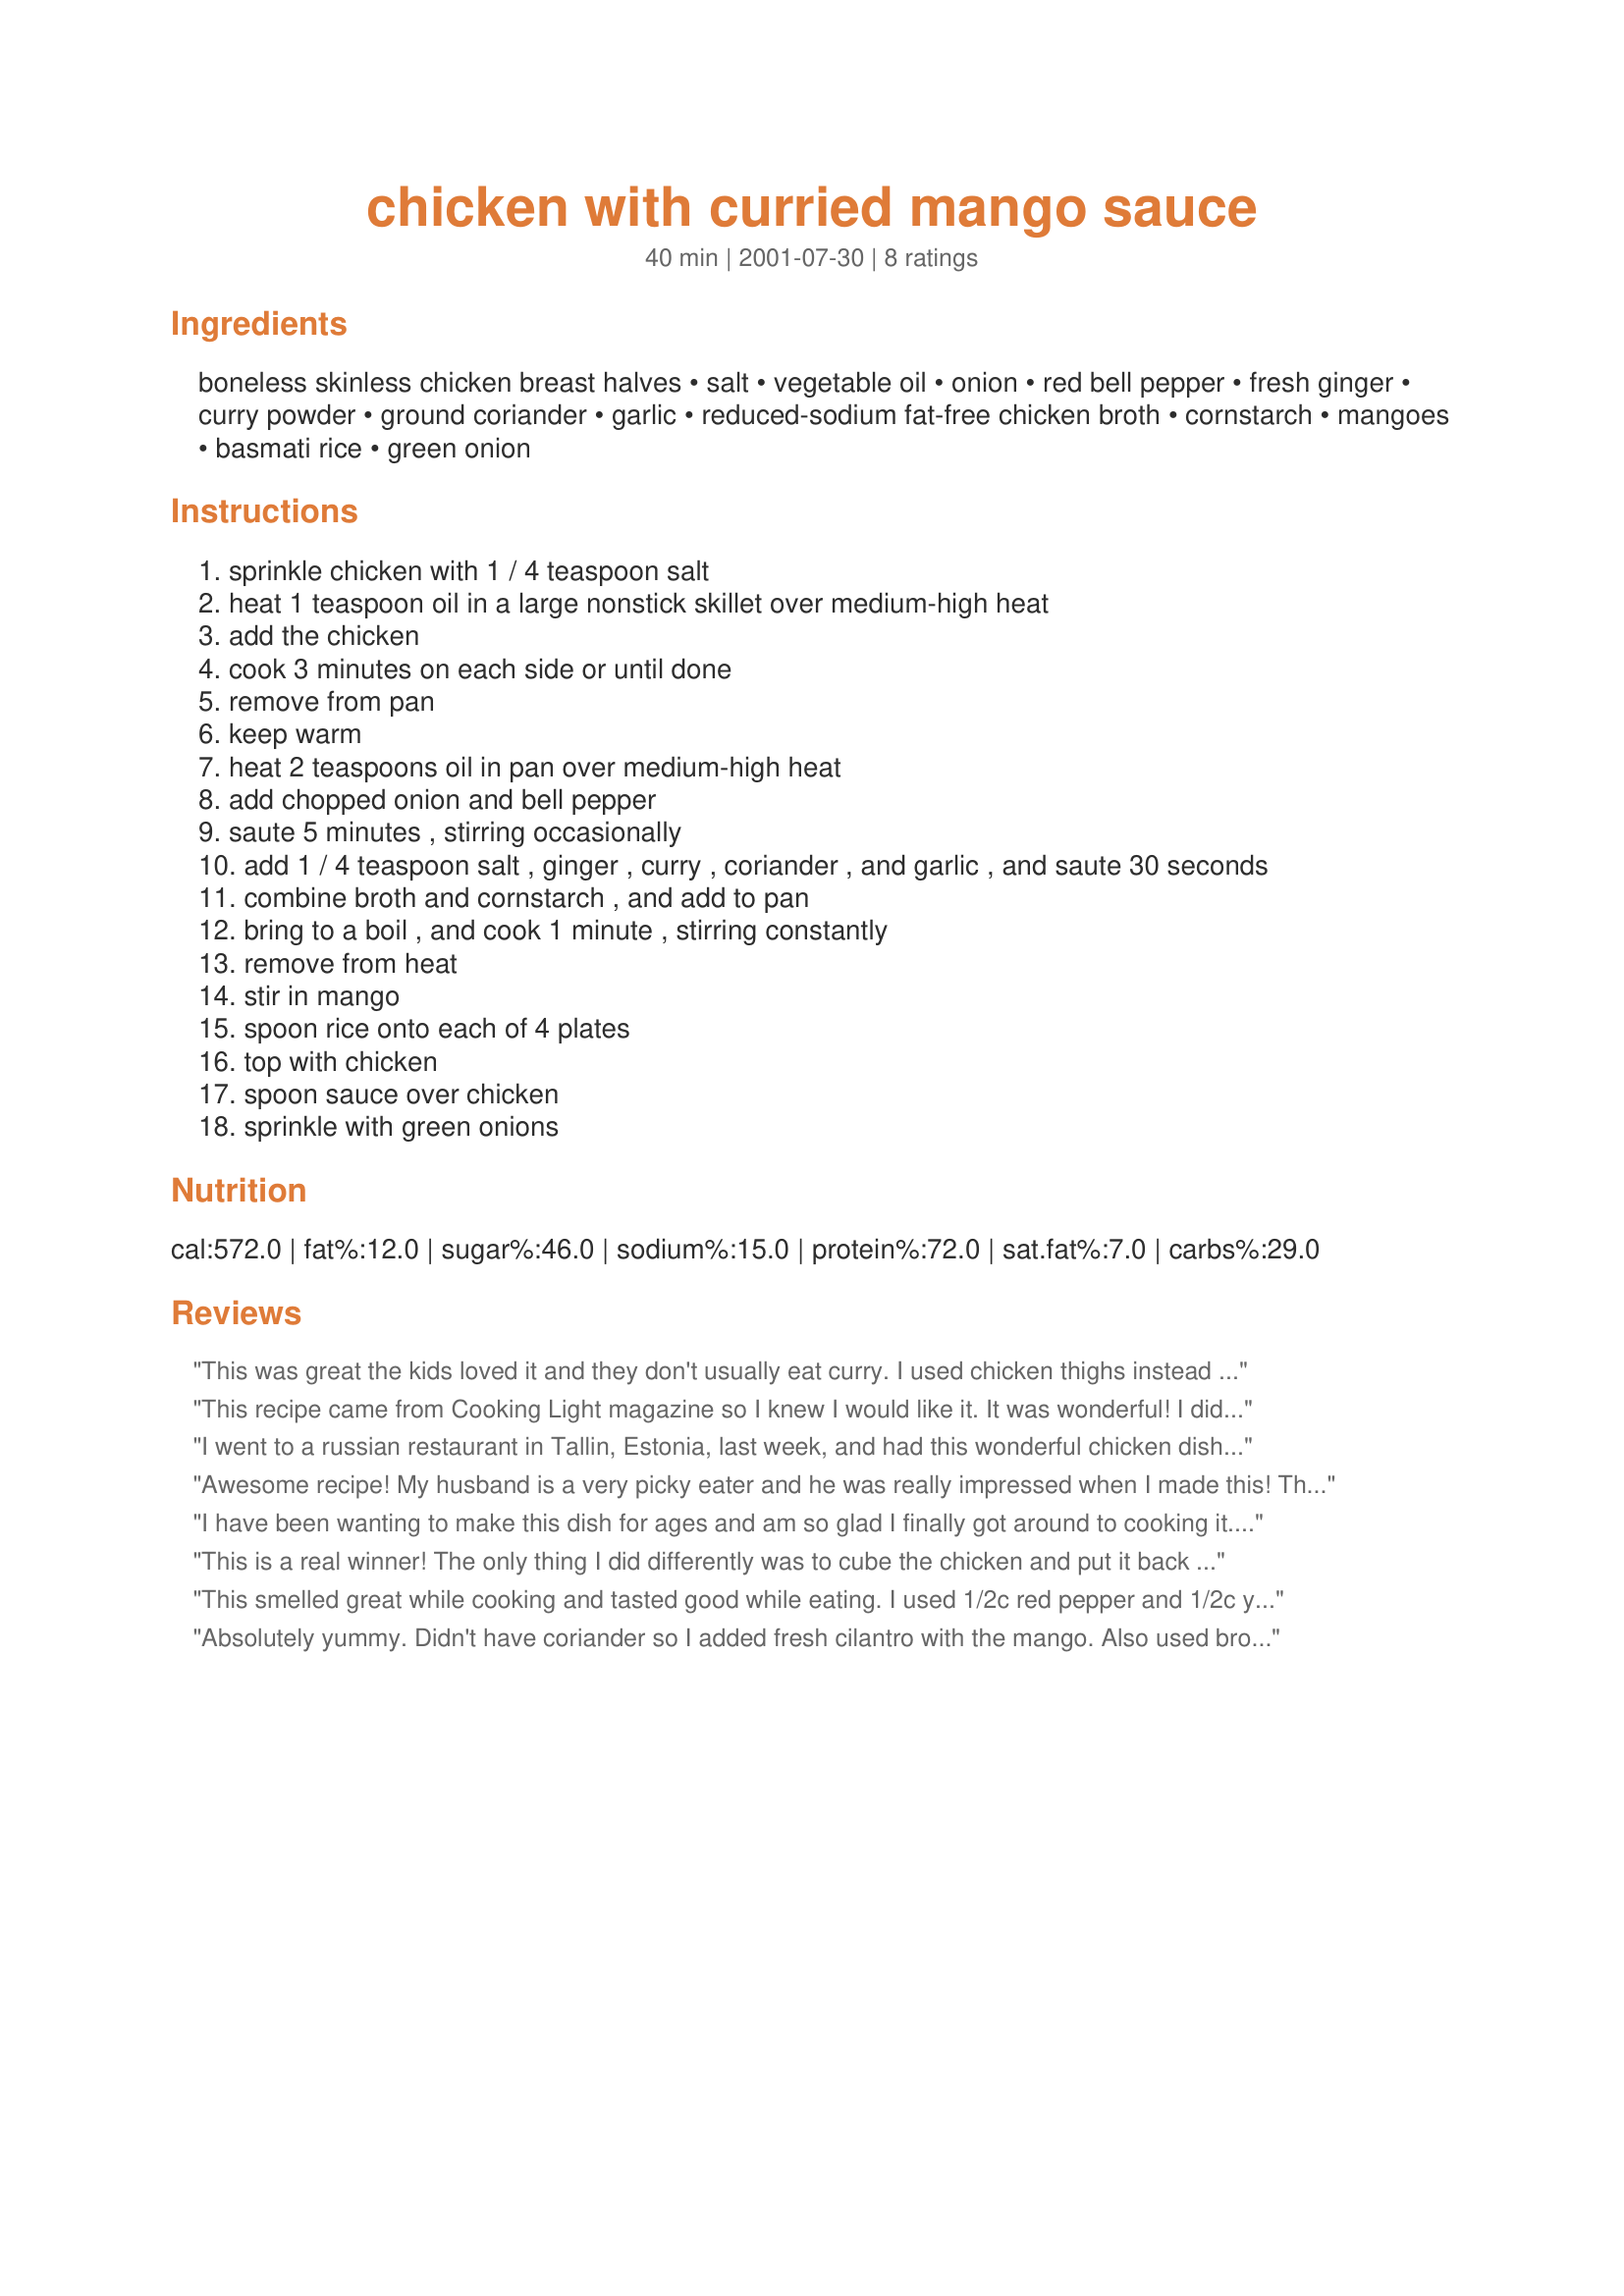
chicken with curried mango sauce
Preparation time: 40 minutes

Ingredients:
boneless skinless chicken breast halves, salt, vegetable oil, onion, red bell pepper, fresh ginger, curry powder, ground coriander, garlic, reduced-sodium fat-free chicken broth, cornstarch, mangoes, basmati rice, green onion

Steps:
sprinkle chicken with 1 / 4 teaspoon salt
heat 1 teaspoon oil in a large nonstick skillet over medium-high heat
add the chicken
cook 3 minutes on each side or until done
remove from pan
keep warm
heat 2 teaspoons oil in pan over medium-high heat
add chopped onion and bell pepper
saute 5 minutes , stirring occasionally
add 1 / 4 teaspoon salt , ginger , curry , coriander , and garlic , and saute 30 seconds
combine broth and cornstarch , and add to pan
bring to a boil , and cook 1 minute , stirring constantly
remove from heat
stir in mango
spoon rice onto each of 4 plates
top with chicken
spoon sauce over chicken
sprinkle with green onions

Reviews:
This was great the kids loved it and they don't usually eat curry. I used chicken thighs instead and cooked it for a bit longer.
This recipe came from Cooking Light magazine so I knew I would like it. It was wonderful! I didn't have any red bell pepper so I put in a little jar of pimentos and served it over brown rice. My husband raved over it! It's easy and quick to make.
I went to a russian restaurant in Tallin, Estonia, last week, and had this wonderful chicken dish with a mango-chili sauce...I was dying to find the recipe and this one here surely does the job very close! Thanks for sharing!!
Awesome recipe! My husband is a very picky eater and he was really impressed when I made this! Thank you!! I didn't have nay green onion or coriander on hand, and used garlic powder, but it still turned out amazing! Definitely a five star recipe!
I have been wanting to make this dish for ages and am so glad I finally got around to cooking it. Doubled for company supper. Used roasted red pepper which I had in freezer and canned mango. Served with some awesome ribs 103854 and would def pair these two dishes again for more company entertaining.
This is a real winner! The only thing I did differently was to cube the chicken and put it back in the sauce to reheat at the end. Served it with brown rice and green beans. Now there is competition for the leftovers.
This smelled great while cooking and tasted good while eating. I used 1/2c red pepper and 1/2c yellow pepper for color and it tasted great. Thanks for sharing.
Absolutely yummy. Didn't have coriander so I added fresh cilantro with the mango. Also used brown rice to keep the bad carbs down. Made it for a date and she was quite impressed!
